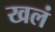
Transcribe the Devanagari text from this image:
खलं